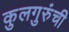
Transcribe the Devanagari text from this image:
कुलगुरुंची